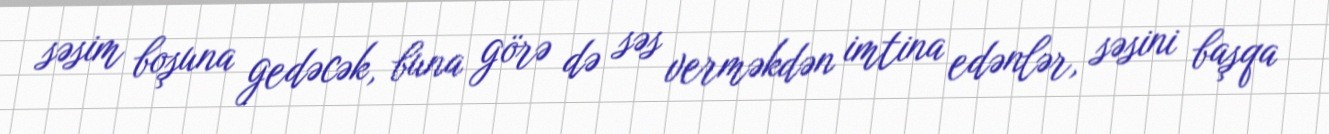
səsim boşuna gedəcək, buna görə də səs verməkdən imtina edənlər, səsini başqa